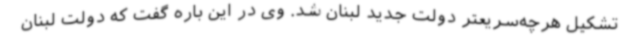
تشکیل هرچه‌سریعتر دولت جدید لبنان شد. وی در این باره گفت که دولت لبنان